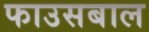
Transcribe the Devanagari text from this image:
फाउसबाल